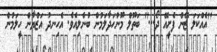
''އެއްކަލަ ޒޭން ފެށީއޭ ދޯ...'' ބަތޫލް މޫނުހަދާލަމުން ބުނެލިއެވެ. އެހިނދު އަޒްޔާން ހީލަމުން